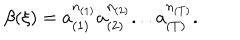
\beta ( \xi ) = a _ { ( 1 ) } ^ { n _ { ( 1 ) } } a _ { ( 2 ) } ^ { n _ { ( 2 ) } } . . . a _ { ( T ) } ^ { n _ { ( T ) } } .